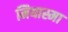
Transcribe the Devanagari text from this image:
मियास्मा